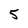
Character: 5